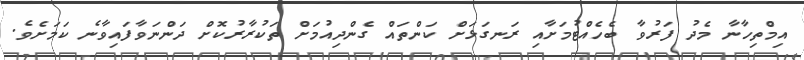
އިމްތިހާނާ މެދު ފަރުވާ ބެހެއްޓުމަށާއި ރަނގަޅަށް ކަންތައް ގެންދިއުމަށް ތަކުރާރުކޮށް ދަންނަވާފައިވާނެ ކަމަށެވެ.